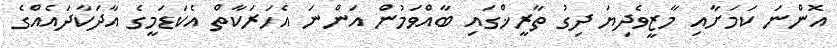
އޮންނަ ކަމަށާއި މާޒީވެދިޔަ ދިގު ތާރީޚްގައި ބާއްވަމުން އަންނަ އެހަރަކާތް އެކަޑަމީގެ އާދަކާދައެއްގެ